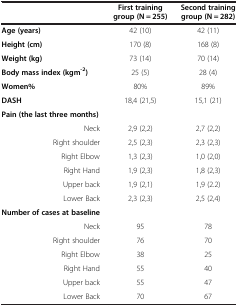
|  | First training group (N = 255) | Second training group (N = 282) |
 | --- | --- | --- |
 | Age (years) | 42 (10) | 42 (11) |
 | Height (cm) | 170 (8) | 168 (8) |
 | Weight (kg) | 73 (14) | 70 (14) |
 | Body mass index (kgm-2) | 25 (5) | 28 (4) |
 | Women% | 80% | 89% |
 | DASH | 18,4 (21,5) | 15,1 (21) |
 | Pain (the last three months) |  |  |
 | Neck | 2,9 (2,2) | 2,7 (2,2) |
 | Right shoulder | 2,5 (2,3) | 2,3 (2,3) |
 | Right Elbow | 1,3 (2,3) | 1,0 (2,0) |
 | Right Hand | 1,9 (2,3) | 1,8 (2,3) |
 | Upper back | 1,9 (2,1) | 1,9 (2.2) |
 | Lower Back | 2,3 (2,3) | 2,5 (2,4) |
 | Number of cases at baseline |  |  |
 | Neck | 95 | 78 |
 | Right shoulder | 76 | 70 |
 | Right Elbow | 38 | 25 |
 | Right Hand | 55 | 40 |
 | Upper back | 55 | 47 |
 | Lower Back | 70 | 67 |